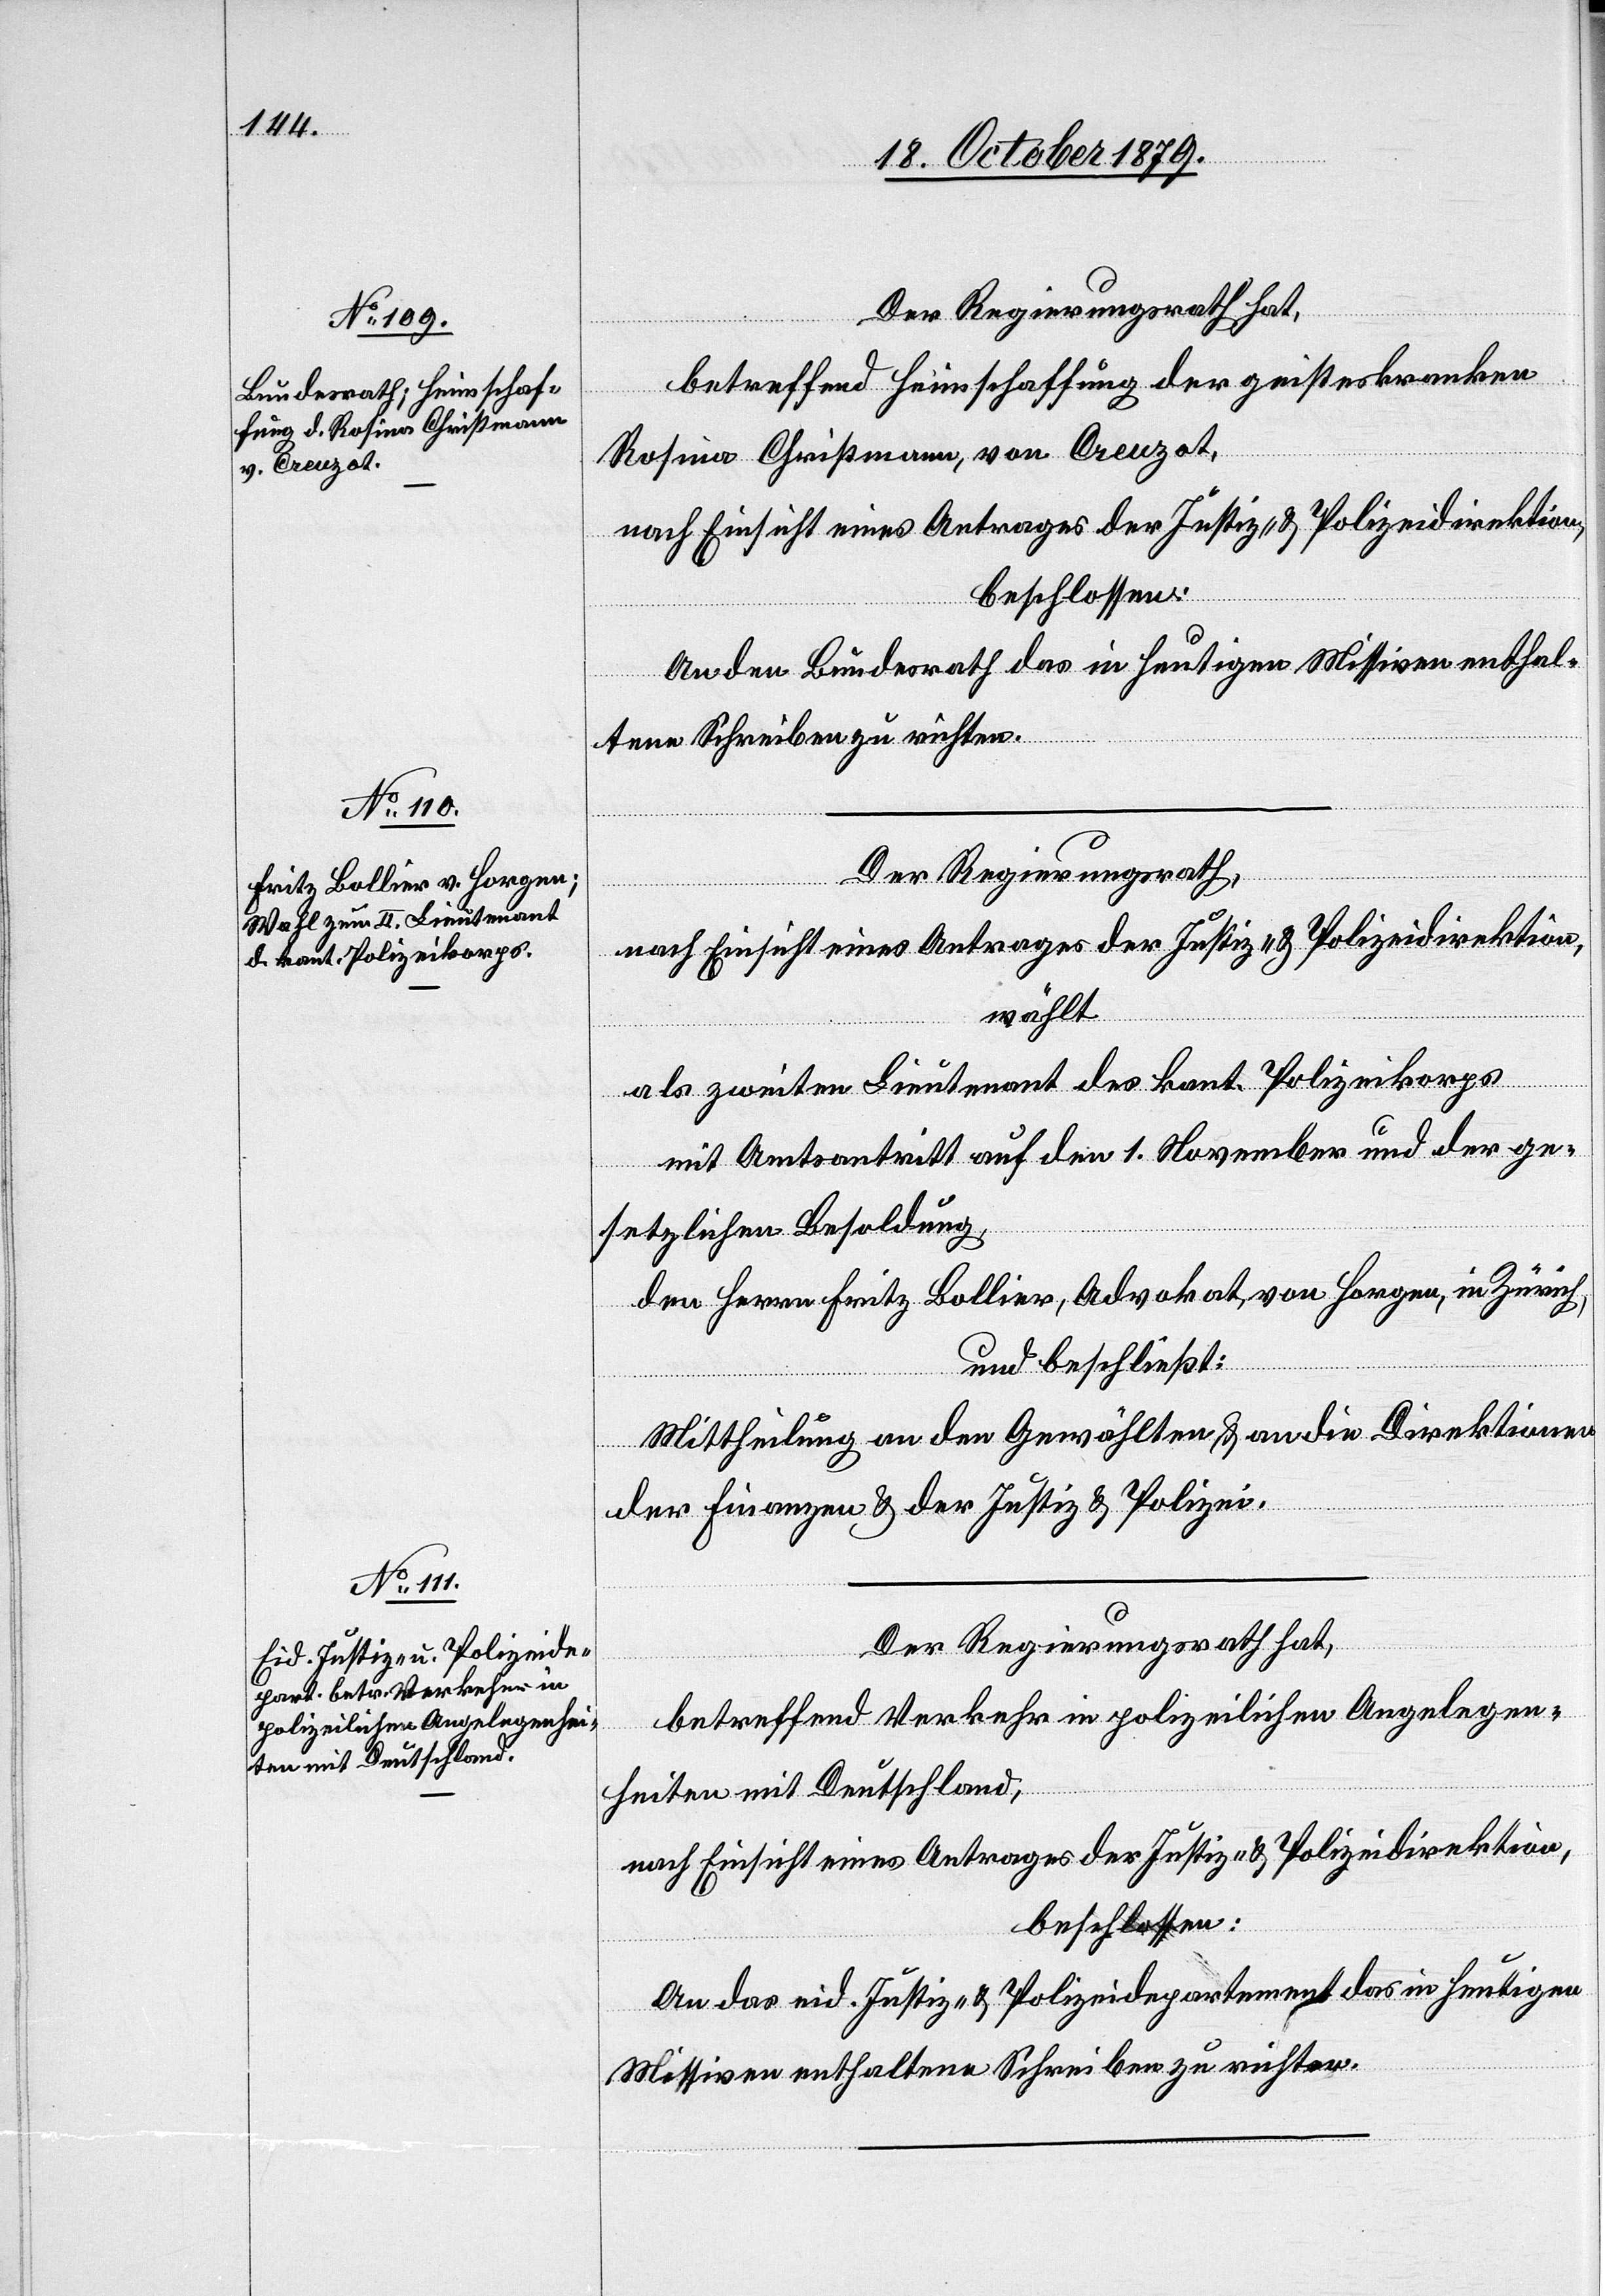
betreffend Heimschaffung der geisteskranken
Rosina Christmann, von Crecczot,
nach Einsicht eines Antrages der Justiz- & Polizeidirektion,
beschlossen:
An den Bundesrath das in heutigen Missiven enthal¬
tene Schreiben zu richten.
Der Regierungsrath,
nach Einsicht eines Antrages der Justiz- & Polizeidirektion,
wählt
als zweiten Lieutnant des kant. Polizeikorps
mit Amtsantritt auf den 1. November und der ge¬
setzlichen Besoldung,
den Herren Fritz Bollier, Advokat, von Horgen, in Zürich,
und beschließt:
Mittheilung an den Gewählten & an die Direktion
der Finanzen & der Justiz & Polizei.
Der Regierungsrath hat,
betreffend Verkehr in polizeilichen Angelegen¬
heiten mit Deutschland,
An das eid. Justiz- & Polizeidepartement das in heutigen
Missiven enthaltene Schreiben zu richten.